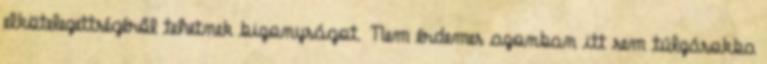
elkötelezettségéről tehetnek bizonyságot. Nem érdemes azonban itt sem túlzásokba